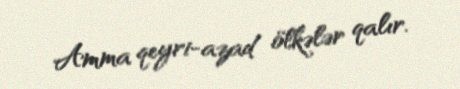
Amma qeyri-azad ölkələr qalır.